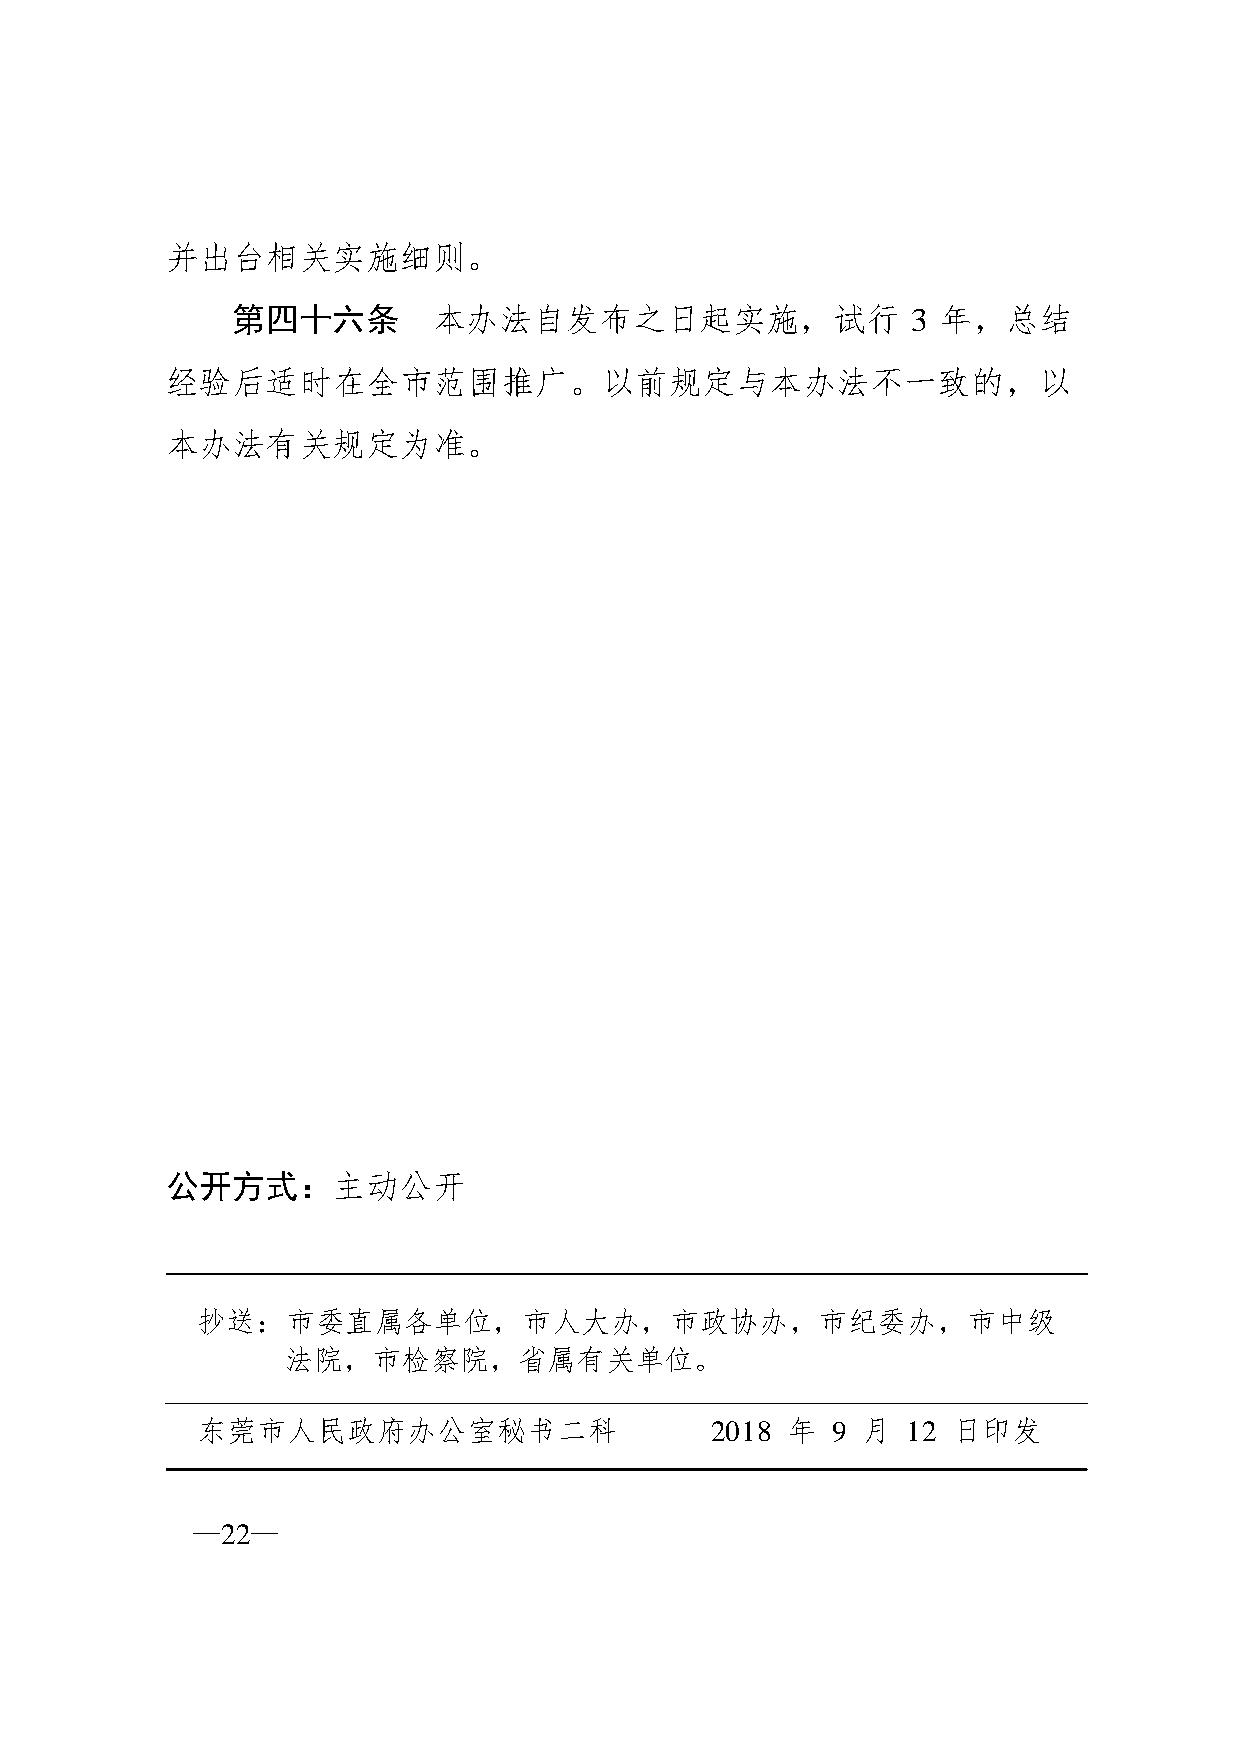
并出台相关实施细则。
 第四十六条         本办法自发布之日起实施，试行                 3 年，总结
 经验后适时在全市范围推广。以前规定与本办法不一致的，以
 本办法有关规定为准。
 公开方式：主动公开
 抄送：市委直属各单位，市人大办，市政协办，市纪委办，市中级
 法院，市检察院，省属有关单位。
 东莞市人民政府办公室秘书二科                    2018 年  9 月  12 日印发
 —22—